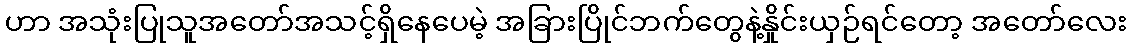
ဟာ အသုံးပြုသူအတော်အသင့်ရှိနေပေမဲ့ အခြားပြိုင်ဘက်တွေနဲ့နှိုင်းယှဉ်ရင်တော့ အတော်လေး